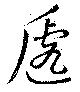
逓